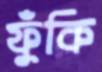
ফুঁকি